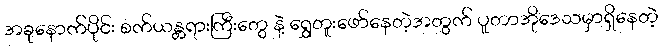
အခုနောက်ပိုင်း စက်ယန္တရားကြီးတွေ နဲ့ ရွှေတူးဖော်နေတဲ့အတွက် ပူတာအိုဒေသမှာရှိနေတဲ့